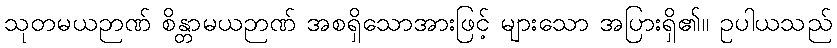
သုတမယဉာဏ် စိန္တာမယဉာဏ် အစရှိသောအားဖြင့် များသော အပြားရှိ၏။ ဥပါယသည်